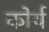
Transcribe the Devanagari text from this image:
कोर्य